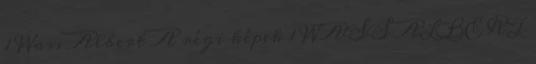
1 Wass Albert A régi képek 1 WASS ALBERT